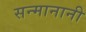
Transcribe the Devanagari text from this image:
सन्मानानी